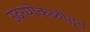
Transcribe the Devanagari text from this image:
उदरपोकळीतून